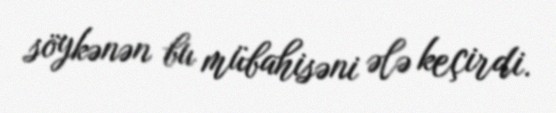
söykənən bu mübahisəni ələ keçirdi.